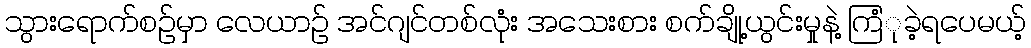
သွားရောက်စဉ်မှာ လေယာဉ် အင်ဂျင်တစ်လုံး အသေးစား စက်ချို့ယွင်းမှုနဲ့ ကြံုခဲ့ရပေမယ့်